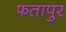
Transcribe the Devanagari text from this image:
फतापुर